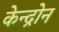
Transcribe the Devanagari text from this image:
केन्द्रोन